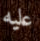
عليه